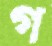
গ